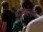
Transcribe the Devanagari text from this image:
भ्रमरांबा